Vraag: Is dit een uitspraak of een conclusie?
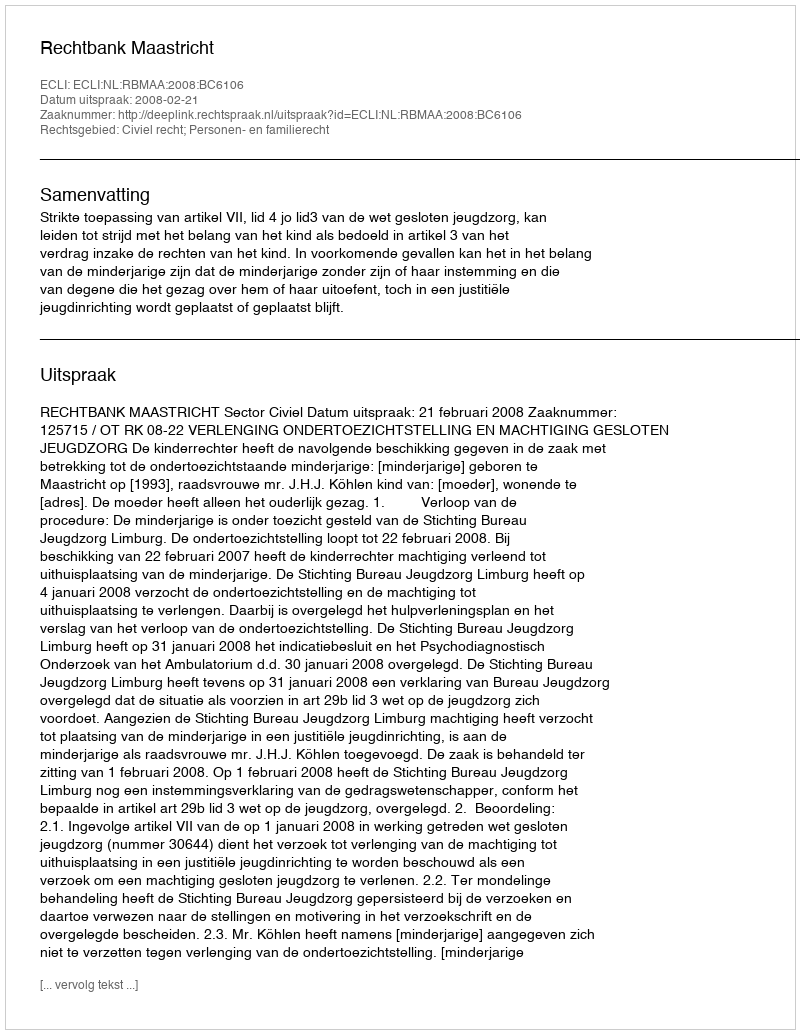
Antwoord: Uitspraak